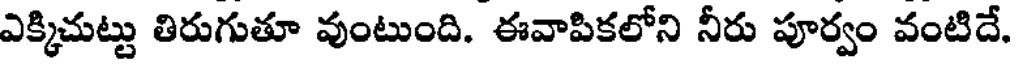
ఎక్కిచుట్టు తిరుగుతూ వుంటుంది. ఈవాపికలోని నీరు పూర్వం వంటిదే.